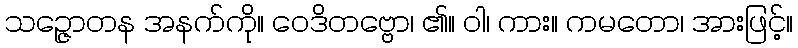
သဉ္ဇောတန အနက်ကို။ ဝေဒိတဗ္ဗော၊ ၏။ ဝါ၊ ကား။ ကမတော၊ အားဖြင့်။